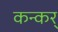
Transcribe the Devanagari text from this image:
कन्कर्